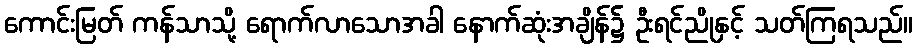
ကောင်းမြတ် ကန်သာသို့ ရောက်လာသောအခါ နောက်ဆုံးအချိန်၌ ဦးရင်ညိုနှင့် သတ်ကြရသည်။